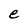
Character: e